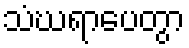
သံဃရာပေတွာ